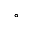
^ \circ